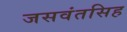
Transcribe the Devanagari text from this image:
जसवंतसिह